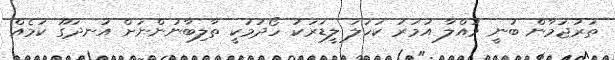
ތަރުޖަމާން ބުނީ މުއްލާ އުމަރު ކަހަލަ ލީޑަރަކު ހޯދުމަކީ ތާލިބާނުންނަށް އުނދަގޫ ކަމެއް